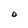
Character: O